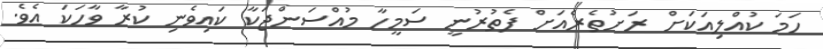
ހަމަ ކުއްލިއަކަށް ރަށުތެރެއަށް ފެތުރުނީ ސަމީހާ މުއްސަންޖަކާ ކައިވެނި ކުރާ ވާހަކަ އެވެ.